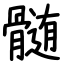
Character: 髄